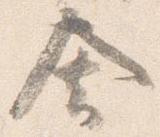
舎